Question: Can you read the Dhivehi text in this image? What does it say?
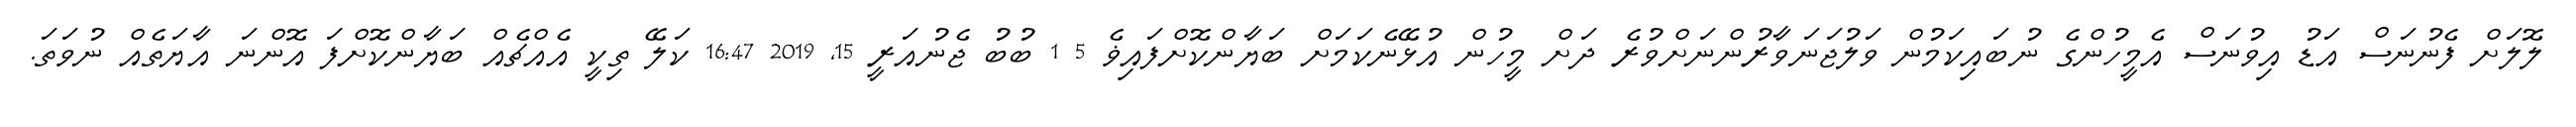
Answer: ލޮލަށް ފެނުނަސް އަޑު އިވުނަސް އެމީހުންގެ ނުބައިކަމުން ވަލުޖަނަވާރުންނަށްވުރެ ދަށް މީހުން އުޅޭނެކަމަށް ބަޔާންކޮށްފައިޥެ 5 1 ބުބު ޖެނުއަރީ 15, 2019 16:47 ކަލޭ ތިކީ އެއްޗެއް ބަޔާންކޮށްފަ އޮންނަ އާޔަތެއް ނުވަތަ.